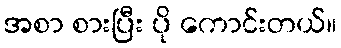
အစာ စားပြီး ပို ကောင်းတယ်။